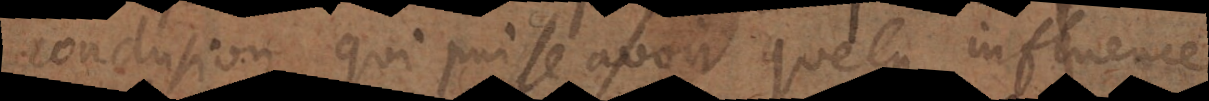
conclusion qui puisse avoir quelque influence